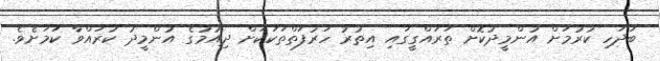
ބަދަހި ކުރުމަށް އުންމީދުކޮށް ތަރައްގީގައި އިތުރު ހަރުފަތްތަކަކަށް ދިއުމުގެ އުންމީދު ކުރައްވާ ކަމަށެވެ.